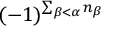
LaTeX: ( - 1 ) ^ { \sum _ { \beta < \alpha } n _ { \beta } }